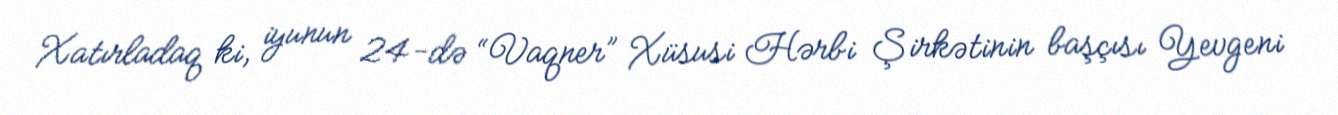
Xatırladaq ki, iyunun 24-də “Vaqner” Xüsusi Hərbi Şirkətinin başçısı Yevgeni